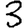
Digit: 3